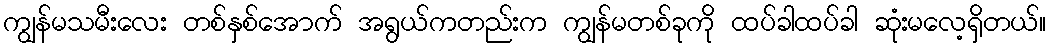
ကျွန်မသမီးလေး တစ်နှစ်အောက် အရွယ်ကတည်းက ကျွန်မတစ်ခုကို ထပ်ခါထပ်ခါ ဆုံးမလေ့ရှိတယ်။